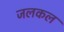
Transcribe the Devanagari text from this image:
जलकल